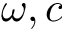
\omega , c